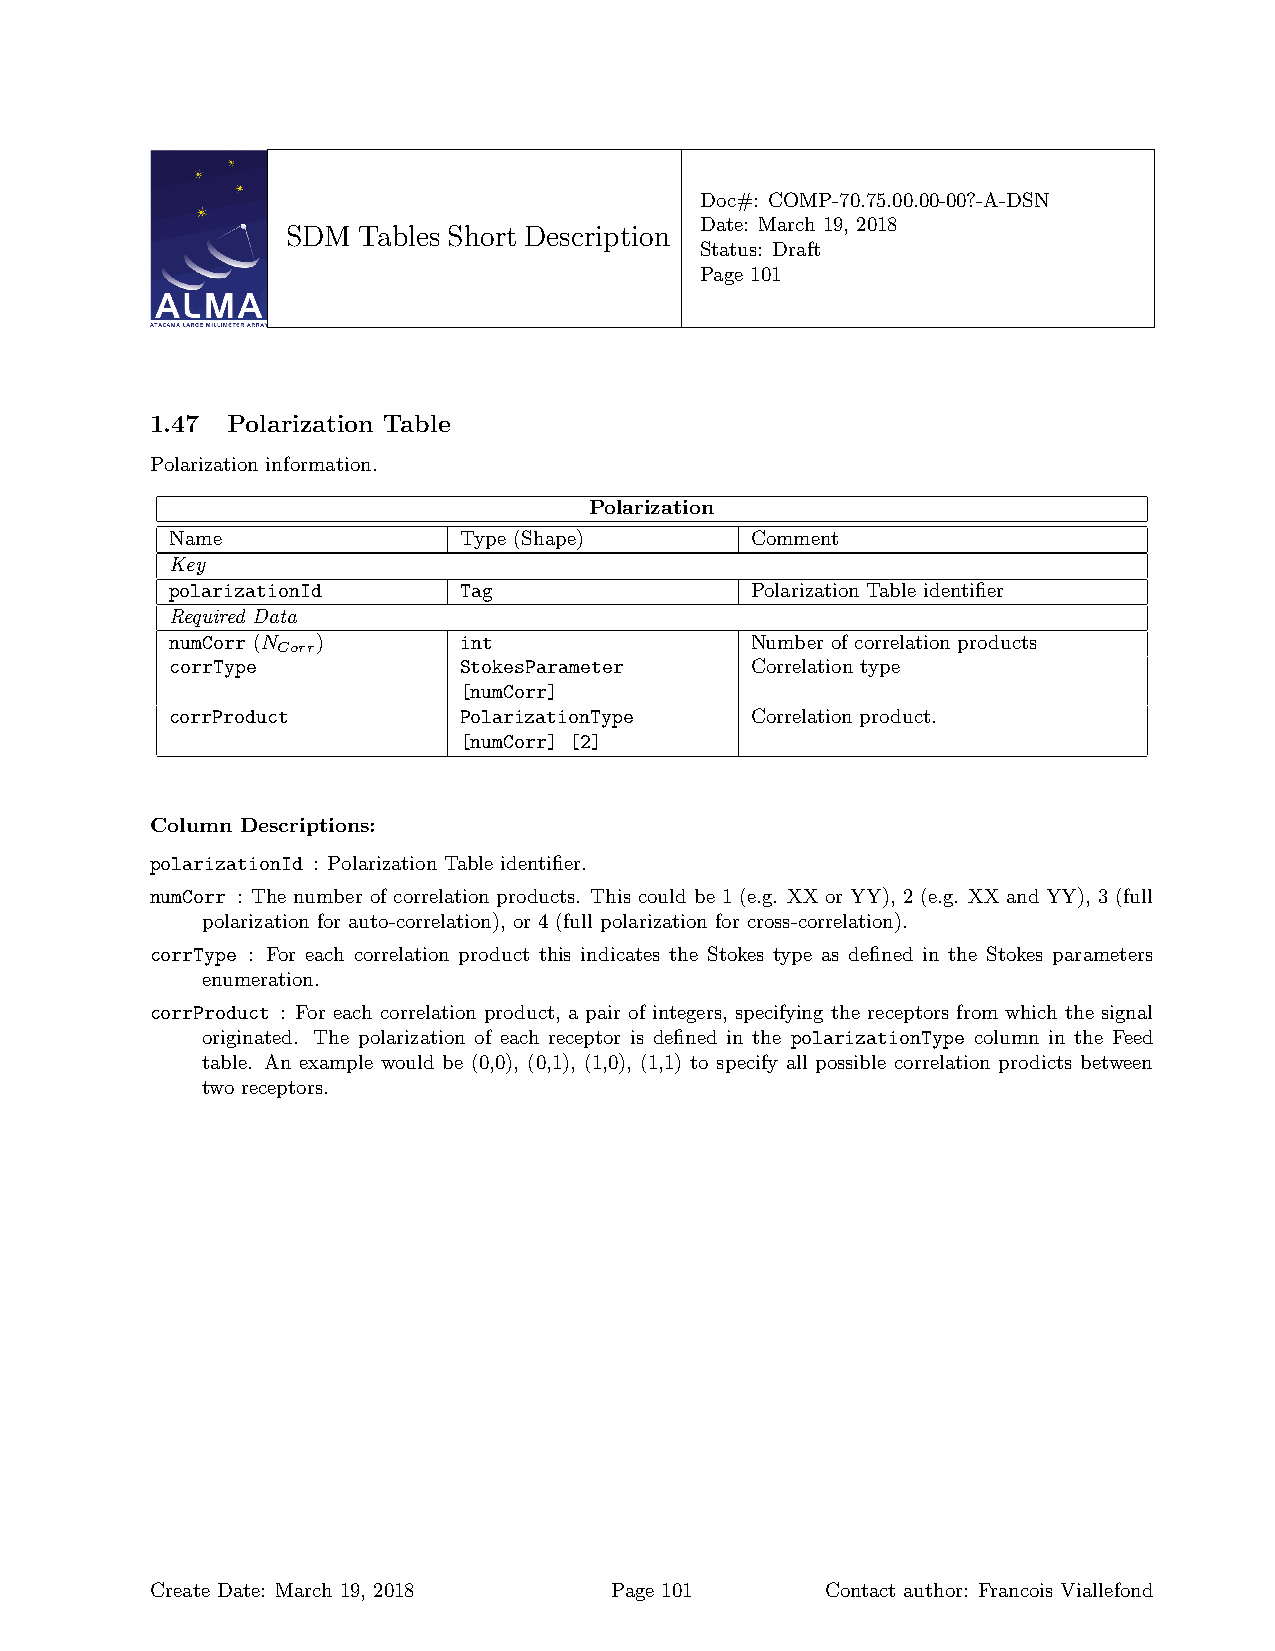
Doc#: COMP-70.75.00.00-00?-A-DSN
 Date: March 19, 2018
 SDM  Tables Short Description
 Status: Draft
 Page 101
 1.47 Polarization Table
 Polarization information.
 Polarization
 Name               Type (Shape)        Comment
 Key
 polarizationId     Tag                 Polarization Table identifier
 Required Data
 numCorr (N )       int                 Number of correlation products
 Corr
 corrType           StokesParameter     Correlation type
 [numCorr]
 corrProduct        PolarizationType    Correlation product.
 [numCorr] [2]
 Column Descriptions:
 polarizationId : Polarization Table identifier.
 numCorr : The number of correlation products. This could be 1 (e.g. XX or YY), 2 (e.g. XX and YY), 3 (full
 polarization for auto-correlation), or 4 (full polarization for cross-correlation).
 corrType : For each correlation product this indicates the Stokes type as defined in the Stokes parameters
 enumeration.
 corrProduct : For each correlation product, a pair of integers, specifying the receptors from which the signal
 originated. The polarization of each receptor is defined in the polarizationType column in the Feed
 table. An example would be (0,0), (0,1), (1,0), (1,1) to specify all possible correlation prodicts between
 two receptors.
 Create Date: March 19, 2018   Page 101       Contact author: Francois Viallefond